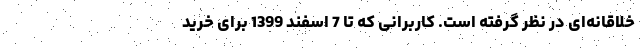
خلاقانه‌ای در نظر گرفته است. کاربرانی که تا 7 اسفند 1399 برای خرید